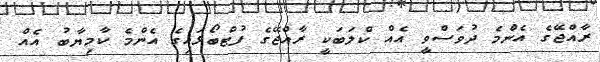
ރާއްޖޭގެ އެންމެ ދުވަސްވީ އެއް ކްލަބަކީ ރާއްޖޭގެ ފުޓްބޯޅައިގެ އެންމެ ކާމިޔާބު އެއް